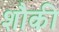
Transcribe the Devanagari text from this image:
शौकी